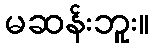
မဆန်းဘူး။